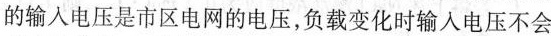
的输入电压是市区电网的电压，负载变化时输入电压不会